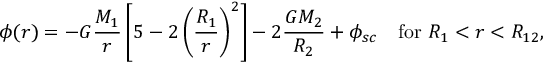
\phi ( r ) = - G \frac { M _ { 1 } } { r } \left[ 5 - 2 \left( \frac { R _ { 1 } } { r } \right) ^ { 2 } \right] - 2 \frac { G M _ { 2 } } { R _ { 2 } } + \phi _ { s c } \ \ \ \mathrm { f o r } \ R _ { 1 } < r < R _ { 1 2 } ,